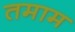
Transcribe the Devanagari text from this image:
तमाम